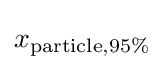
x_{{\text{particle}},95\%}